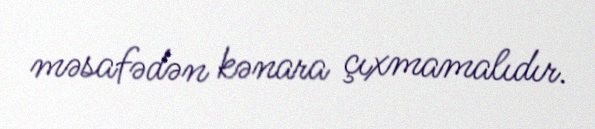
məsafədən kənara çıxmamalıdır.